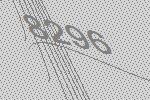
8296